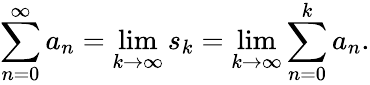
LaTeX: \sum_{n=0}^{\infty}a_{n}=\operatorname*{lim}_{k\to\infty}s_{k}=\operatorname*{lim}_{k\to\infty}\sum_{n=0}^{k}a_{n}.